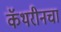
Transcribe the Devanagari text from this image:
कॅथरीनचा